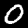
Label: 0